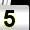
Digit: 5